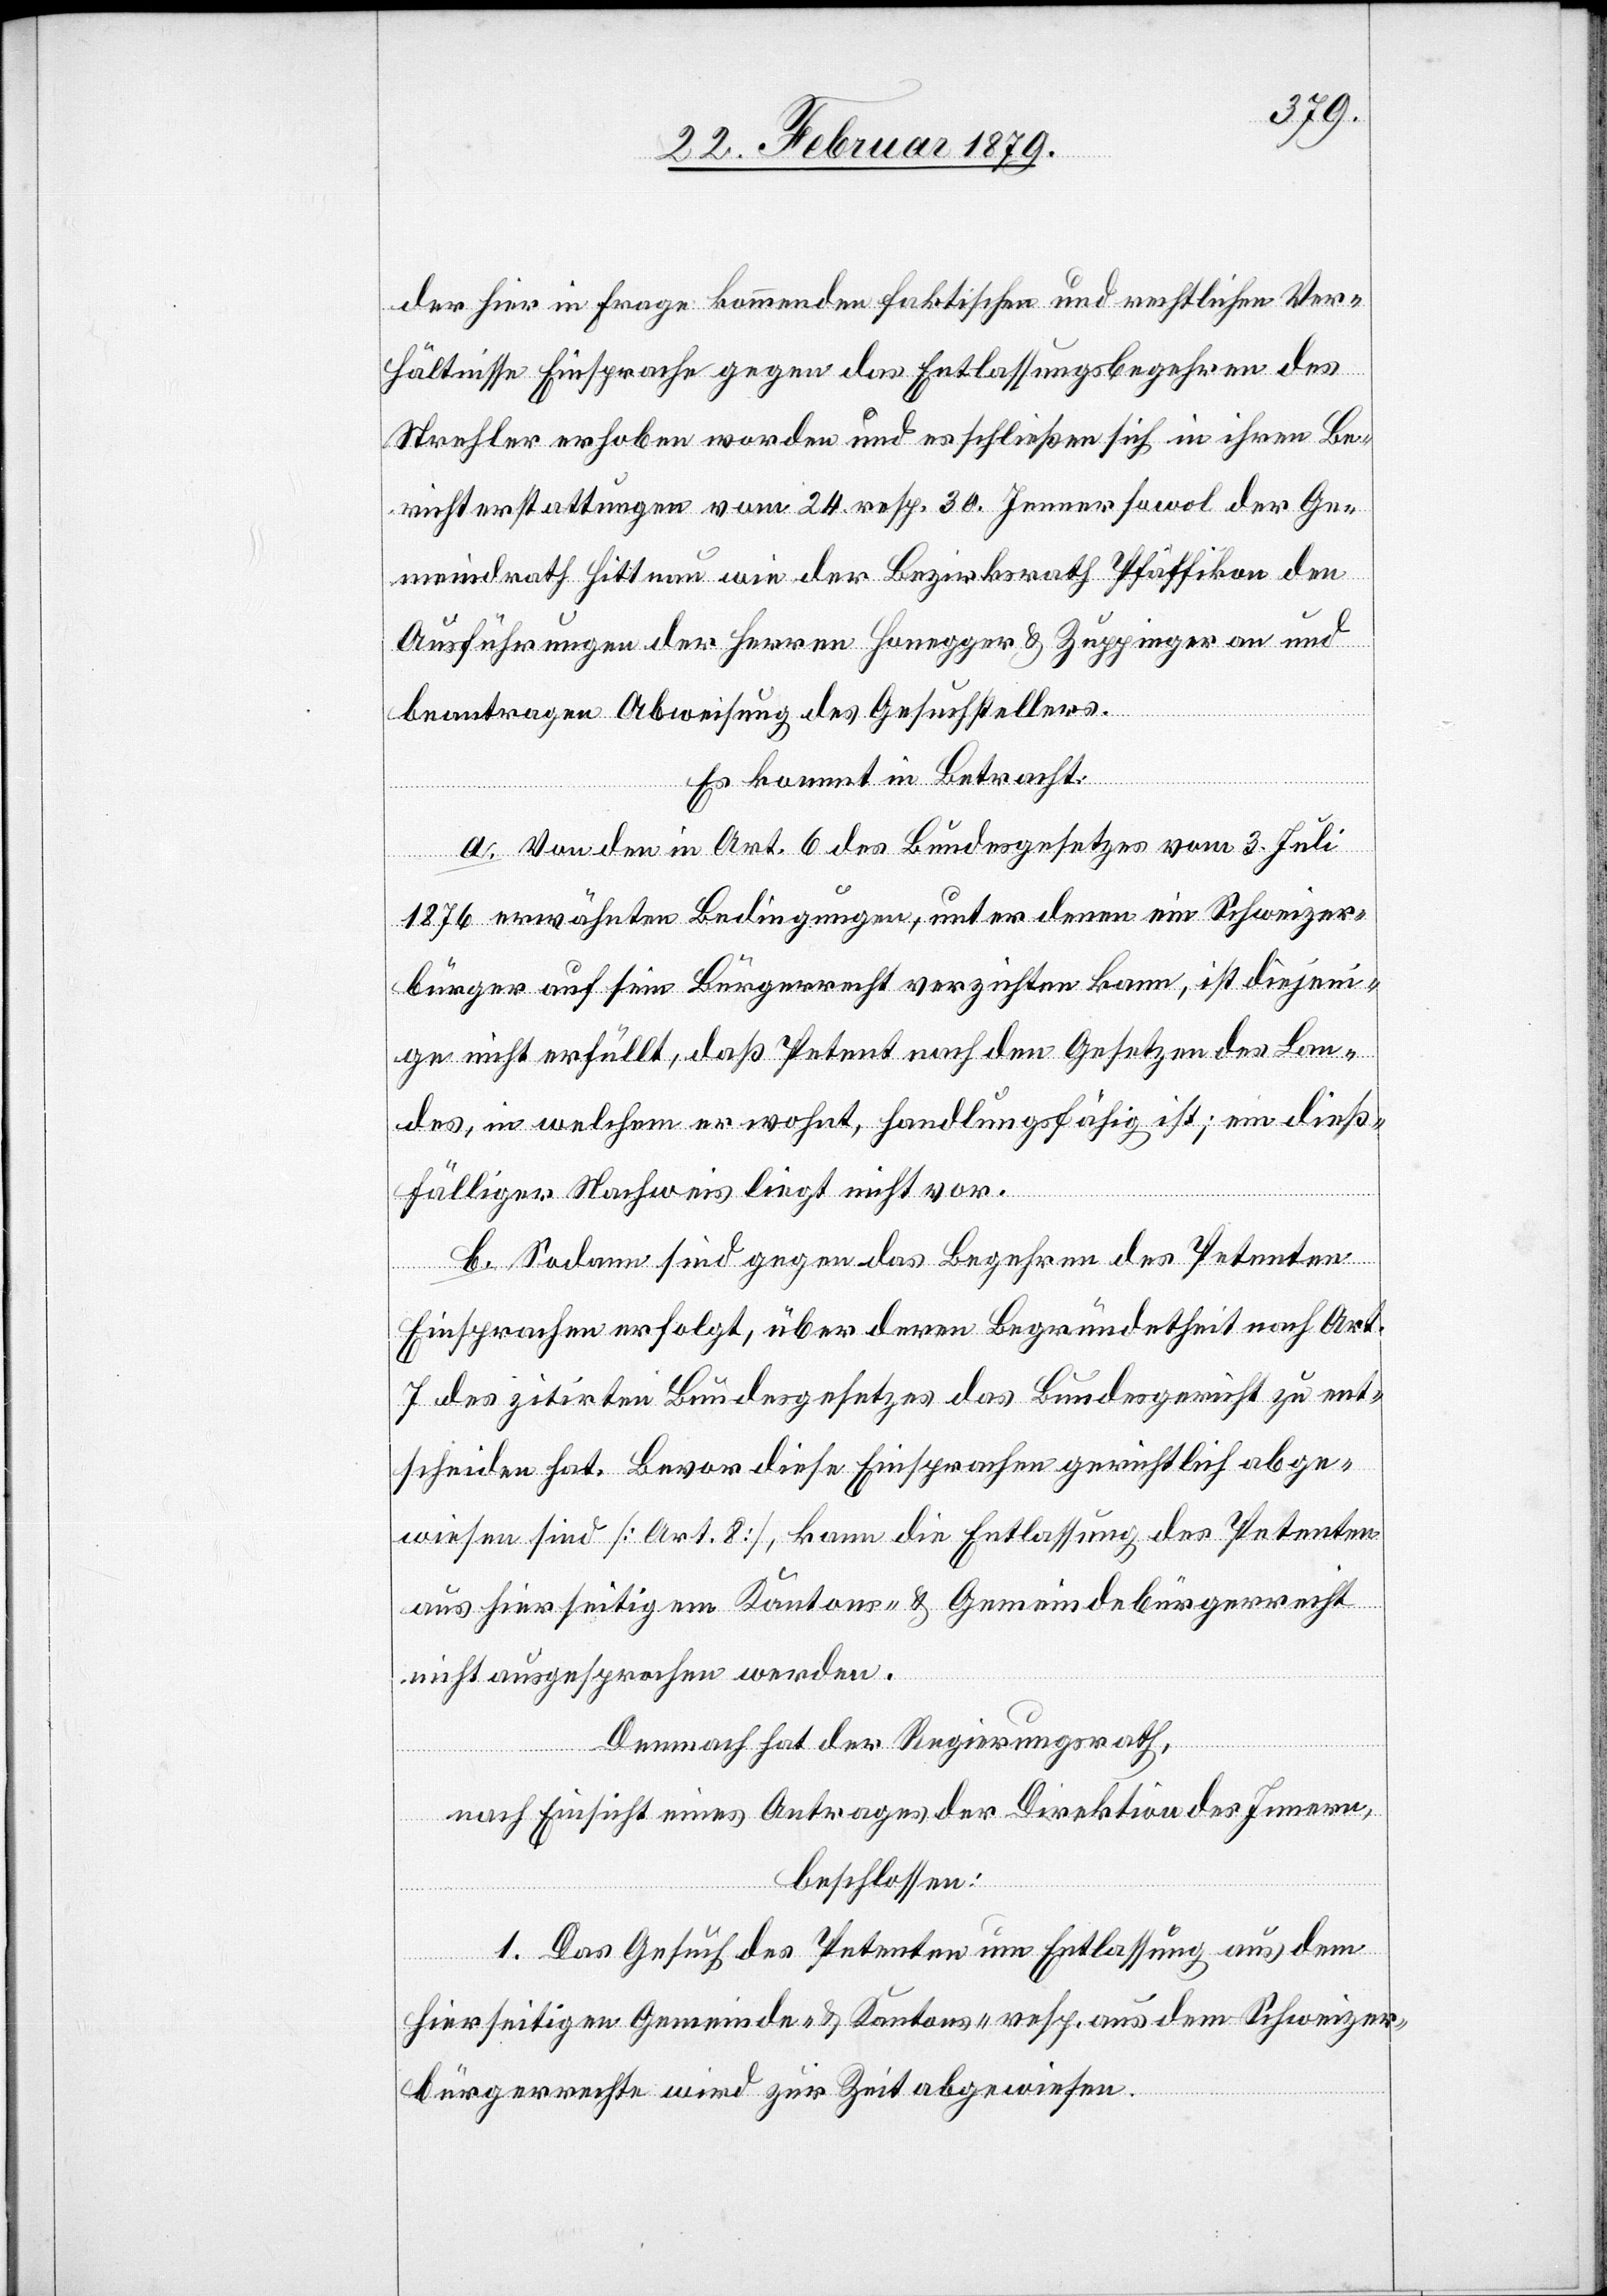
der hier in Frage kommenden faktischen und rechtlichen Ver¬
hältnisse Einsprache gegen das Entlassungsbegehren des
Strehler erhoben worden und es schließen sich in ihren Be¬
richterstattungen vom 24. resp. 30. Jenner sowol der Ge¬
meindrath Hittnau wie der Bezirksrath Pfäffikon den
Ausführungen der Herren Honegger & Zuppinger an und
beantragen Abweisung des Gesuchstellers.
Es kommt in Betracht:
a. Von den in Art. 6 des Bundesgesetzes vom 3. Juli
1876 erwähnten Bedingungen, unter denen ein Schweizer¬
bürger auf sein Bürgerrecht verzichten kann, ist diejeni¬
ge nicht erfüllt, daß Petent nach den Gesetzen des Lan¬
des, in welchem er wohnt, handlungsfähig ist; ein dieß¬
fälliger Nachweis liegt nicht vor.
b. Sodann sind gegen das Begehren des Petenten
Einsprachen erfolgt, über deren Begründetheit nach Art.
7 des zitirten Bundesgesetzes das Bundesgericht zu ent¬
scheiden hat. Bevor diese Einsprachen gerichtlich abge¬
wiesen sind [Art. 8], kann die Entlassung des Petenten
aus hierseitigem Kantons- & Gemeindebürgerrecht
nicht ausgesprochen werden.
Demnach hat der Regierungsrath,
nach Einsicht eines Antrages der Direktion des Innern,
beschlossen:
1. Das Gesuch des Petenten um Entlassung aus dem
hierseitigen Gemeinde- & Kantons- resp. aus dem Schweizer¬
bürgerrechte wird zur Zeit abgewiesen.